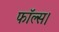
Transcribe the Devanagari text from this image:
फॉल्स।